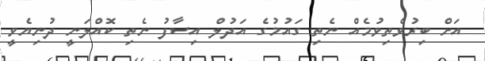
އަށް ބިރުވެތިވުމެއް ނެތި ގައުމުގެ އަދުލް އިސާފު ނެތި ކޮއްލަނީ ދުނިޔެވީ